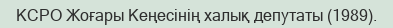
КСРО Жоғары Кеңесінің халық депутаты (1989).